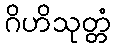
ဂိဟိသုတ္တံ